Reports on dispensaries and lunatic asylums in the Province of Oudh - 1869-1876
Year: 1869
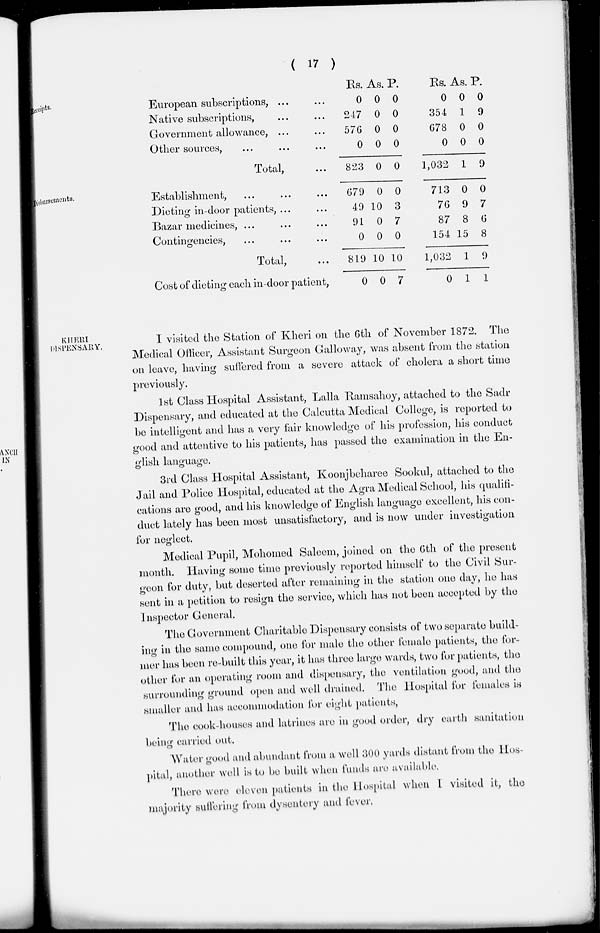
( 17 )
Receipts.
European subscriptions, ... ...
Native subscriptions, ... ...
Government allowance, ... ...
Other sources, ... ... ...
Total, ...
Rs.
0
247
576
0
823
As.
0
0
0
0
0
P.
0
0
0
0
0
Rs.
0
354
678
0
1,032
As.
0
1
0
0
1
P.
0
9
0
0
9
Disbursements.
Establishment, ... ... ...
Dieting in-door patients, ... ...
Bazar medicines, ... ... ...
Contingencies, ... ... ...
Total, ...
Cost of dieting each in-door patient,
679
49
91
0
819
0
0
10
0
0
10
0
0
3
7
0
10
7
713
76
87
154
1,032
0
0
9
8
15
1
1
0
7
6
8
9
1
KHERI
DISPENSARY.
I visited the Station of Kheri on the 6th of November 1872. The
Medical Officer, Assistant Surgeon Calloway, was absent from the station
on leave, having suffered from a severe attack of cholera a short time
previously.
1st Class Hospital Assistant, Lalla Ramsahoy, attached to the Sadr
Dispensary, and educated at the Calcutta Medical College, is reported to
be intelligent and has a very fair knowledge of his profession, his conduct
good and attentive to his patients, has passed the examination in the En-
glish language.
3rd Class Hospital Assistant, Koonjbeharce Sookul, attached to the
Jail and Police Hospital, educated at the Agra Medical School, his qualifi-
cations are good, and his knowledge of English language excellent, his con-
duct lately has been most unsatisfactory, and is now under investigation
for neglect.
Medical Pupil, Mohomed Saleem, joined on the 6th of the present
month. Having some time previously reported himself to the Civil Sur-
geon for duty, but deserted after remaining in the station one day, he has
sent in a petition to resign the service, which has not been accepted by the
Inspector General.
The Government Charitable Dispensary consists of two separate build-
ing in the same compound, one for male the other female patients, the for-
mer has been re-built this year, it has three large wards, two for patients, the
other for an operating room and dispensary, the ventilation good, and the
surrounding ground open and well drained. The Hospital for females is
smaller and has accommodation for eight patients,
The cook-houses and latrines are in good order, dry earth sanitation
being carried out.
Water good and abundant from a well 300 yards distant from the Hos-
pital, another well is to he built when funds are available.
There were eleven patients in the Hospital when 1 visited it, the
majority suffering from dysentery and fever.